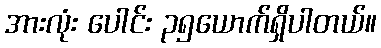
အားလုံး ပေါင်း ၃၅ယောက်ရှိပါတယ်။